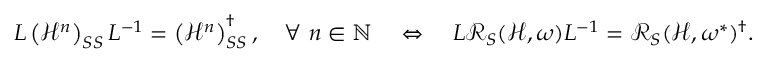
L \left( \mathcal { H } ^ { n } \right) _ { S S } L ^ { - 1 } = \left( \mathcal { H } ^ { n } \right) _ { S S } ^ { \dagger } , \quad \forall \ n \in \mathbb { N } \quad \Leftrightarrow \quad L \mathcal { R } _ { S } ( \mathcal { H } , \omega ) L ^ { - 1 } = \mathcal { R } _ { S } ( \mathcal { H } , \omega ^ { * } ) ^ { \dagger } .